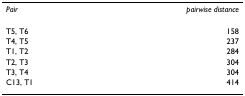
<table><thead><tr><td><b><i>Pair</i></b></td><td><b><i>pairwise distance</i></b></td></tr></thead><tbody><tr><td>T5, T6</td><td>158</td></tr><tr><td>T4, T5</td><td>237</td></tr><tr><td>T1, T2</td><td>284</td></tr><tr><td>T2, T3</td><td>304</td></tr><tr><td>T3, T4</td><td>304</td></tr><tr><td>C13, T1</td><td>414</td></tr></tbody></table>